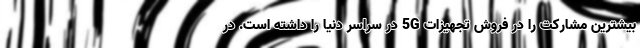
بیشترین مشارکت را در فروش تجهیزات 5G در سراسر دنیا را داشته است. در